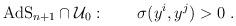
LaTeX: \begin{align*}{\rm AdS}_{n+1}\cap {\cal U}_0:~~~~~~\sigma(y^i,y^j)>0~.\end{align*}